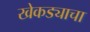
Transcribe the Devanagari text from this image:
खेकड्याचा